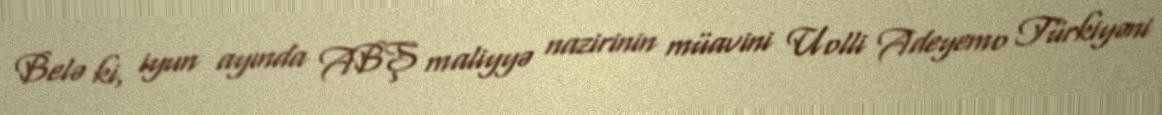
Belə ki, iyun ayında ABŞ maliyyə nazirinin müavini Uolli Adeyemo Türkiyəni